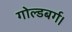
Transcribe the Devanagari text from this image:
गोल्डबर्ग।